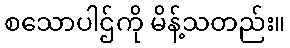
စသောပါဌ်ကို မိန့်သတည်း။